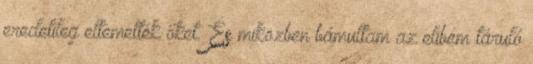
eredetileg eltemették őket. És miközben bámultam az elibém táruló